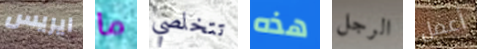
ايريس ما تتخلصي هذه الرجل أعمل